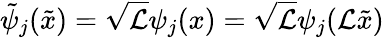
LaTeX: \tilde{\psi}_{j}(\tilde{x})=\sqrt{\mathcal{L}}\psi_{j}(x)=\sqrt{\mathcal{L}}\psi_{j}(\mathcal{L}\tilde{x})